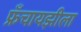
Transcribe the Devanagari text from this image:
फ्रॅंचायझीला